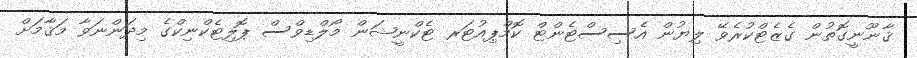
ޤާނޫނީގޮތުން ގެޒެޓްކުރެވޭ ލިޔުން އެސިސްޓެންޓް ކޮމްޕިއުޓަރ ޓެކްނީޝަން މޯލްޑިވްސް ޕޮލިޓެކްނިކްގެ މިދަންނަވާ މަޤާމަށް